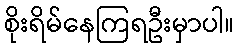
စိုးရိမ်နေကြရဦးမှာပါ။